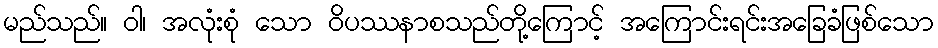
မည်သည်။ ဝါ၊ အလုံးစုံ သော ဝိပဿနာစသည်တို့ကြောင့် အကြောင်းရင်းအခြေခံဖြစ်သော